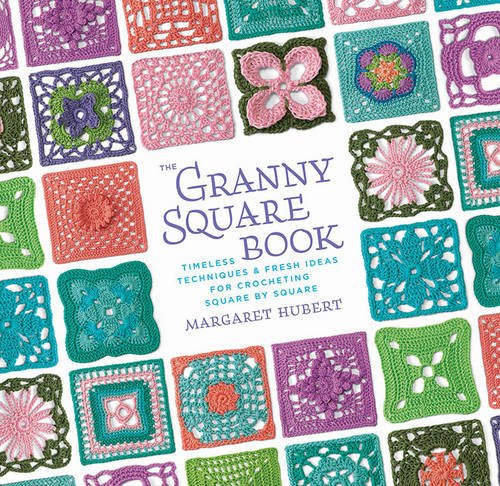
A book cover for The Granny Square Book: Timeless Techniques and Fresh Ideas for Crocheting Square by Square; Margaret Hubert; Crafts, Hobbies & Home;